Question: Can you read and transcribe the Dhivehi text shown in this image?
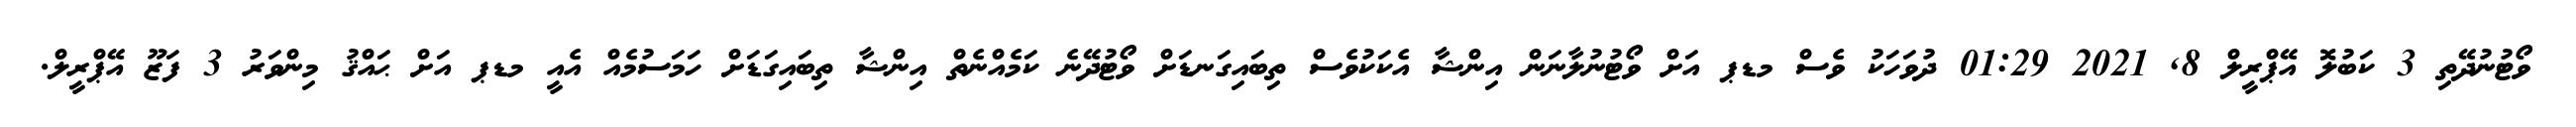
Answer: ވޯޓުނުދޭތި 3 ކަބުލޮ އޭޕްރީލް 8, 2021 01:29 ދުވަހަކު ވެސް މޑޕ އަށް ވޯޓުނުލާނަން އިންޝާ އެކަކުވެސް ތިބައިގަނޑަށް ވޯޓުދޭނެ ކަމެއްނެތް އިންޝާ ތިބައިގަޑަށް ހަމަސުމެއް އެއީ މޑޕ އަށް ޙައްޤު މިންވަރު 3 ފަޒޫ އޭޕްރީލް.